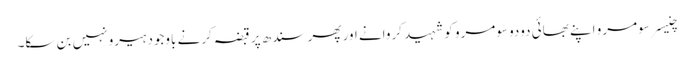
چنیسر سومرو اپنے بھائی دودو سومرو کو شہید کروانے اور پھر سندھ پر قبضہ کرنے باوجود ہیرو نہیں بن سکا۔